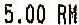
5.00 RM